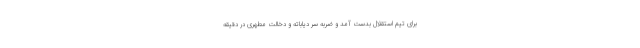
برای تیم استقلال بدست آمد و ضربه سر دیاباته و دخالت مطهری در دقیقه